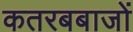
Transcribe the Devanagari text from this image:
कतरबबाजों